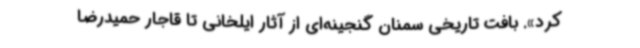
کرد». بافت تاریخی سمنان گنجینه‌ای از آثار ایلخانی تا قاجار حمیدرضا